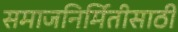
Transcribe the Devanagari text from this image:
समाजनिर्मितीसाठी